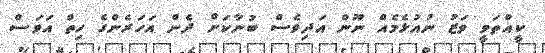
ކީއްތަވީ ވަޒު ނުއުޅެމެއް ނޫން އަދިވެސް ބުނާކަށް ދެން އަހަރެންގެ ހިތް އަވަސް